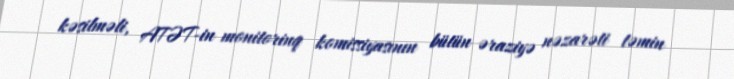
kəsilməli, ATƏT-in monitorinq komissiyasının bütün əraziyə nəzarəti təmin